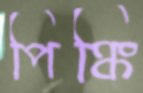
পিঙ্কি